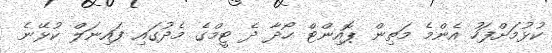
ކުޅުމަށްފަހު އެންމެ މަތިން ޕޮއިންޓް ހޯދާ ދެ ޓީމްގެ މެދުގައި ފައިނަލް ކުޅޭނެ